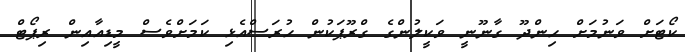
ކޯޓަށް ވަނުމަށް ހިންދޫ ގާނޫނީ ވަކީލުންގެ ގްރޫޕަކުން ހުރަސްއެޅި ކަމަށްވެސް މީޑިއާއިން ރިޕޯޓް